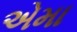
એમા